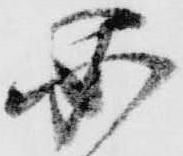
必